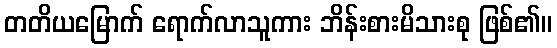
တတိယမြောက် ရောက်လာသူကား ဘိန်းစားမိသားစု ဖြစ်၏။